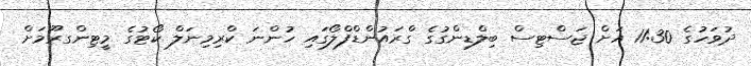
ދުވަހުގެ 11:30 އަށް ޖަސްޓިސް ބިލްޑިންގުގެ ގްރައުންޑްފްލޯގައި ހުންނަ ކްރިމިނަލް ކޯޓުގެ މީޓިންގރޫމަށް